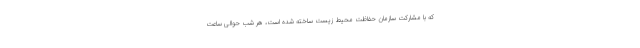
که با مشارکت سازمان حفاظت محیط زیست ساخته شده است، هر شب حوالی ساعت